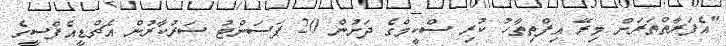
"އެފަރާތްތަރަށް މިރޭ އިފްތިތާހު ކުރި ސްކީމްގެ ދަށުން 20 ޕަސަންޓު ސަރުކާރުން އެޗްޑީއެފްސީގެ